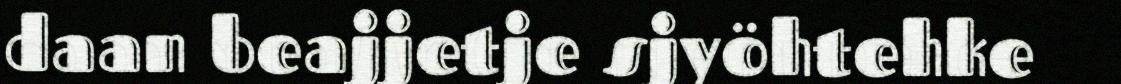
daan beajjetje sjyöhtehke